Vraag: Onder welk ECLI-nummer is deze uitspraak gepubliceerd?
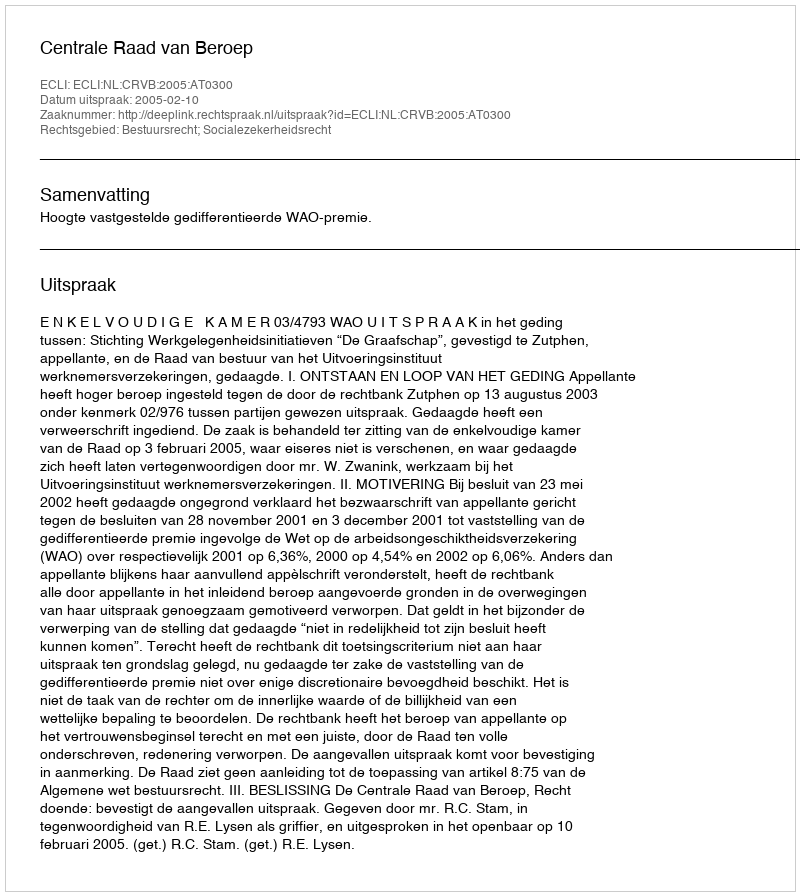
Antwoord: ECLI:NL:CRVB:2005:AT0300